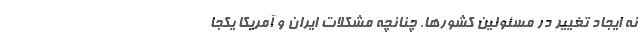
نه ایجاد تغییر در مسئولین کشورها. چنانچه مشکلات ایران و آمریکا یکجا